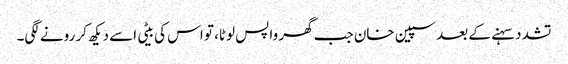
تشدد سہنے کے بعد سپین خان جب گھر واپس لوٹا، تو اس کی بیٹی اسے دیکھ کر رونے لگی۔